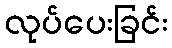
လုပ်ပေးခြင်း